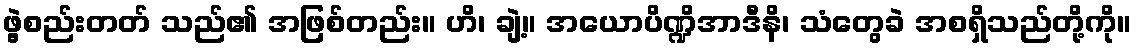
ဖွဲ့စည်းတတ် သည်၏ အဖြစ်တည်း။ ဟိ၊ ချဲ့။ အယောပိဏ္ဍိအာဒီနိ၊ သံတွေခဲ အစရှိသည်တို့ကို။